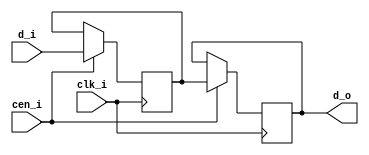
module shift_reg #(
   parameter DELAYS = 2,
   parameter WIDTH = 1
) (
   input clk_i,
   input cen_i,
   input [WIDTH-1:0] d_i,
   output [WIDTH-1:0] d_o
);

   reg [WIDTH-1:0] delay[0:DELAYS-1];
   genvar i;
   generate
      for (i = 0; i < DELAYS; i = i + 1) begin : g
         always @(posedge clk_i) begin
            if (cen_i) begin
               delay[i] <= (i == 0) ? d_i : delay[i - 1];
            end
         end
      end
   endgenerate

   assign d_o = delay[DELAYS-1];

endmodule